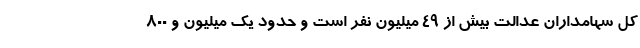
کل سهامداران عدالت بیش از ۴۹ میلیون نفر است و حدود یک میلیون و ۸۰۰